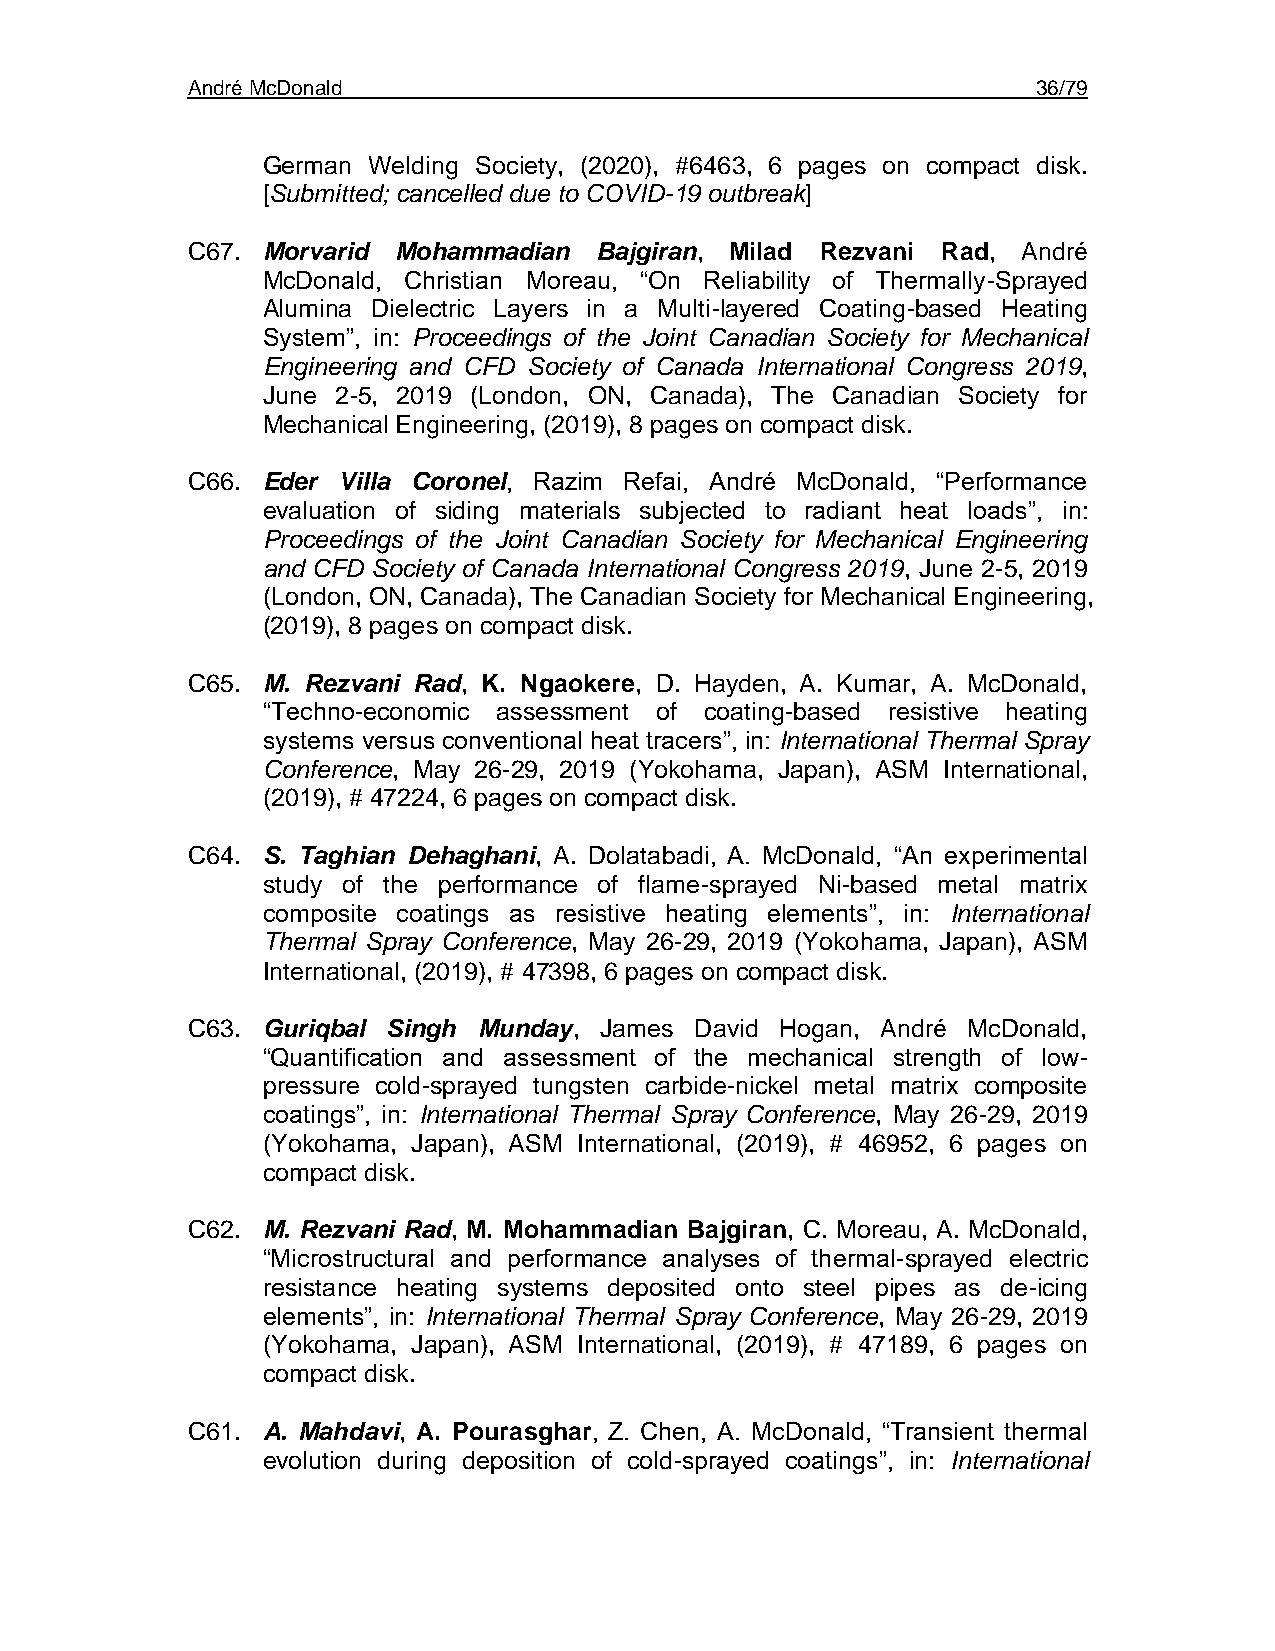
André McDonald                                           36/79
 German Welding Society, (2020), #6463, 6 pages on compact disk.
 [Submitted; cancelled due to COVID-19 outbreak]
 C67. Morvarid Mohammadian  Bajgiran, Milad Rezvani Rad, André
 McDonald, Christian Moreau, “On Reliability of Thermally-Sprayed
 Alumina Dielectric Layers in a Multi-layered Coating-based Heating
 System”, in: Proceedings of the Joint Canadian Society for Mechanical
 Engineering and CFD Society of Canada International Congress 2019,
 June 2-5, 2019 (London, ON, Canada), The Canadian Society for
 Mechanical Engineering, (2019), 8 pages on compact disk.
 C66. Eder Villa Coronel, Razim Refai, André McDonald, “Performance
 evaluation of siding materials subjected to radiant heat loads”, in:
 Proceedings of the Joint Canadian Society for Mechanical Engineering
 and CFD Society of Canada International Congress 2019, June 2-5, 2019
 (London, ON, Canada), The Canadian Society for Mechanical Engineering,
 (2019), 8 pages on compact disk.
 C65. M. Rezvani Rad, K. Ngaokere, D. Hayden, A. Kumar, A. McDonald,
 “Techno-economic assessment of coating-based resistive heating
 systems versus conventional heat tracers”, in: International Thermal Spray
 Conference, May 26-29, 2019 (Yokohama, Japan), ASM International,
 (2019), # 47224, 6 pages on compact disk.
 C64. S. Taghian Dehaghani, A. Dolatabadi, A. McDonald, “An experimental
 study of the performance of flame-sprayed Ni-based metal matrix
 composite coatings as resistive heating elements”, in: International
 Thermal Spray Conference, May 26-29, 2019 (Yokohama, Japan), ASM
 International, (2019), # 47398, 6 pages on compact disk.
 C63. Guriqbal Singh Munday, James David Hogan, André McDonald,
 “Quantification and assessment of the mechanical strength of low-
 pressure cold-sprayed tungsten carbide-nickel metal matrix composite
 coatings”, in: International Thermal Spray Conference, May 26-29, 2019
 (Yokohama, Japan), ASM International, (2019), # 46952, 6 pages on
 compact disk.
 C62. M. Rezvani Rad, M. Mohammadian Bajgiran, C. Moreau, A. McDonald,
 “Microstructural and performance analyses of thermal-sprayed electric
 resistance heating systems deposited onto steel pipes as de-icing
 elements”, in: International Thermal Spray Conference, May 26-29, 2019
 (Yokohama, Japan), ASM International, (2019), # 47189, 6 pages on
 compact disk.
 C61. A. Mahdavi, A. Pourasghar, Z. Chen, A. McDonald, “Transient thermal
 evolution during deposition of cold-sprayed coatings”, in: International